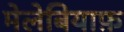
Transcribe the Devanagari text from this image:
मेलेबियाफ़